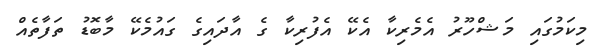
މިކަމުގައި މަޝްހޫރު އެމެރިކާ އެކޭ އެފުރިކާ ގެ އާދައިގެ ގައުމެކޭ މާބޮޑު ތަފާތެއް